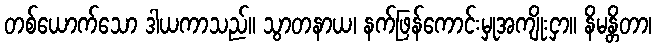
တစ်ယောက်သော ဒါယကာသည်။ သွာတနာယ၊ နက်ဖြန်ကောင်းမှုအကျိုးငှာ။ နိမန္တိတာ၊